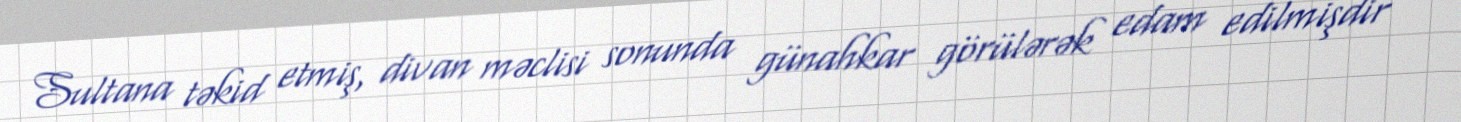
Sultana təkid etmiş, divan məclisi sonunda günahkar görülərək edam edilmişdir